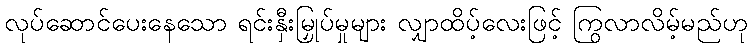
လုပ်ဆောင်ပေးနေသော ရင်းနှီးမြှုပ်မှုများ လျှာထိပ့်လေးဖြင့် ကြွလာလိမ့်မည်ဟု